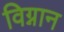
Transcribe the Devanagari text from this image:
विग्नान